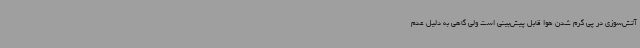
آتش‌سوزی در پی گرم شدن هوا قابل پیش‌بینی است ولی گاهی به دلیل عدم